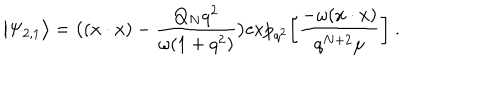
LaTeX: \big | \Psi _ { 2 , 1 } \big > = \big ( ( x \cdot x ) - { \frac { Q _ { N } q ^ { 2 } } { \omega ( 1 + q ^ { 2 } ) } } \big ) \mathrm { e x p } _ { q ^ { 2 } } \bigg [ { \frac { - \omega ( x \cdot x ) } { q ^ { N + 2 } \mu } } \bigg ] \ .